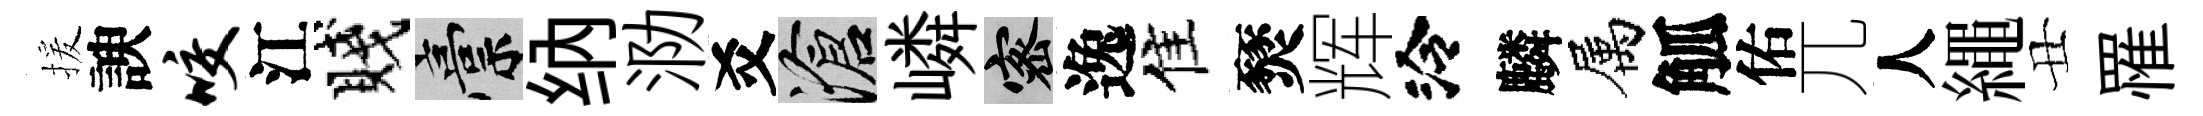
援諛咬江賤稿纳泐爻滄嶙密逸佳燹辉泠麟属觚佑兀人繩丑罹